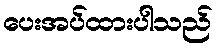
ပေးအပ်ထားပါသည်